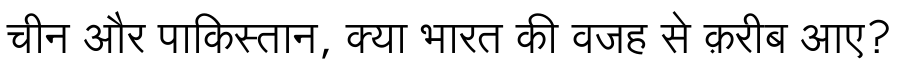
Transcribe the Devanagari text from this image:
चीन और पाकिस्तान, क्या भारत की वजह से क़रीब आए?